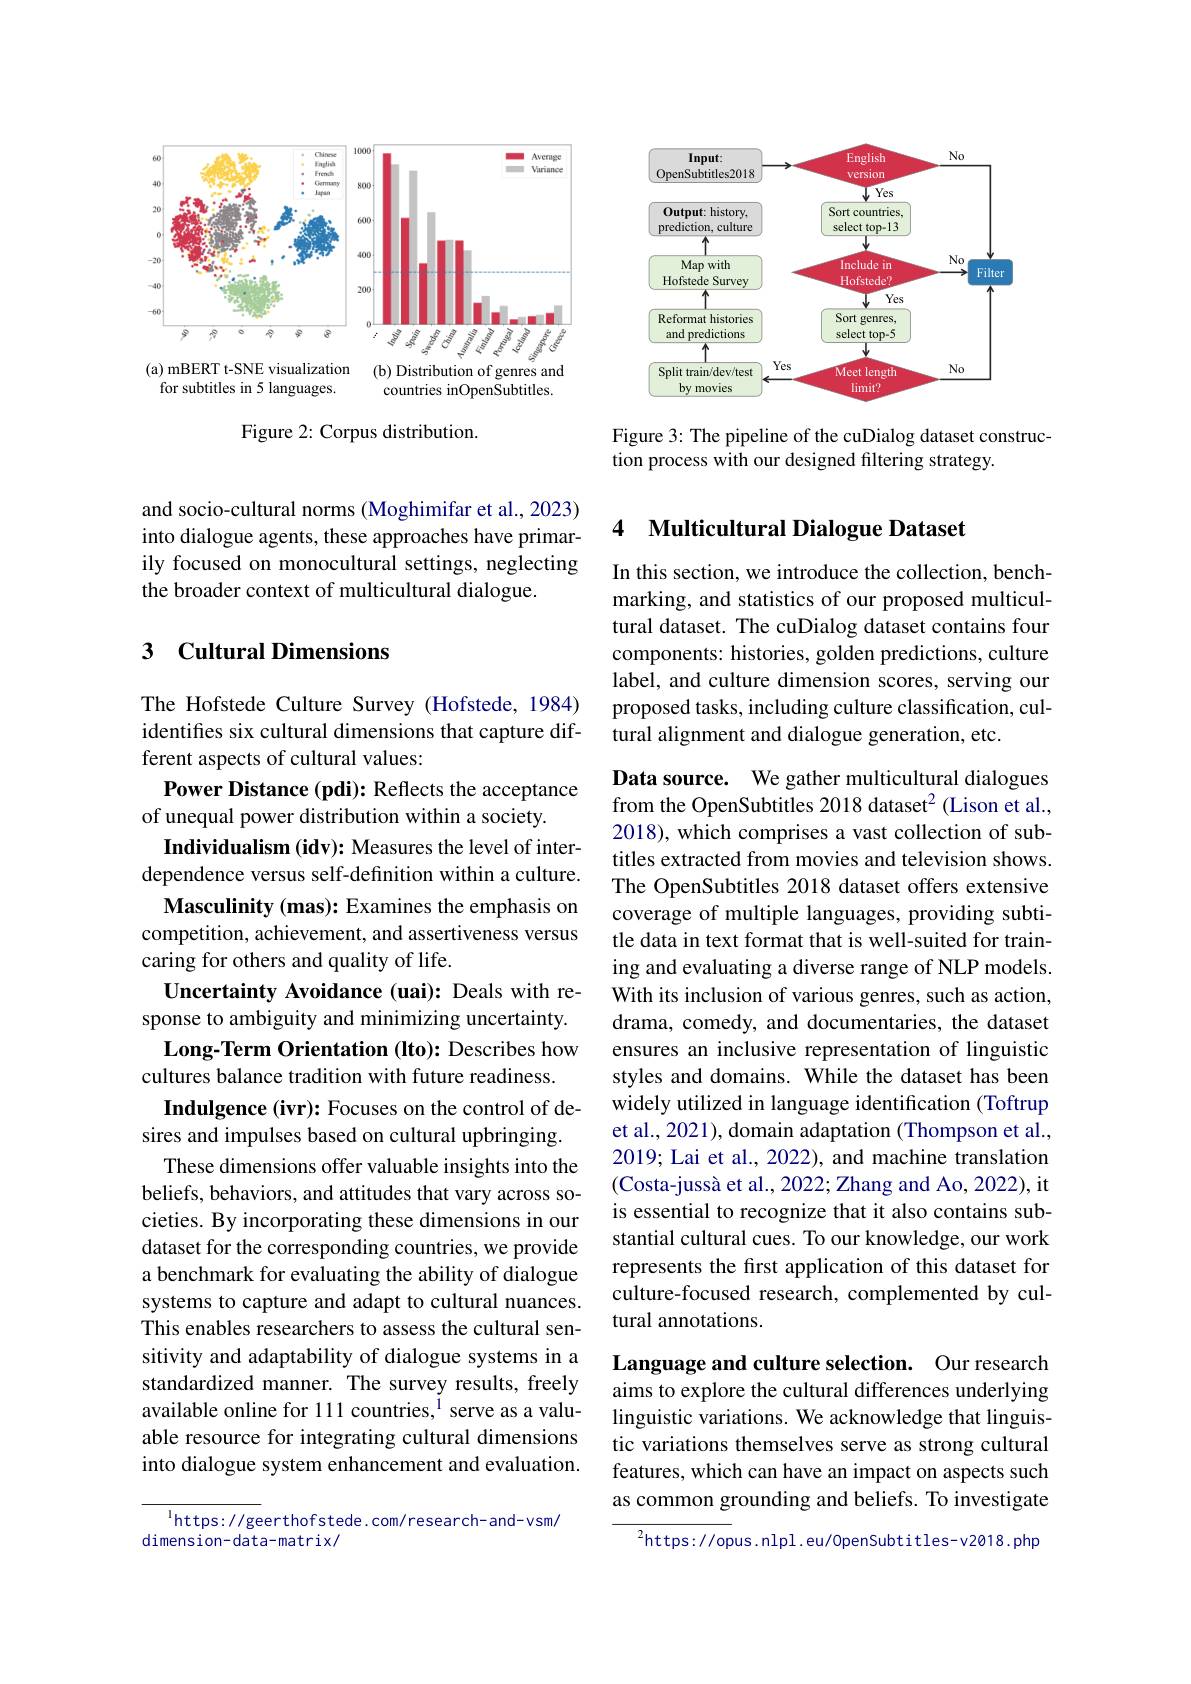
<FigureHere>

Figure 2: Corpus distribution.

and socio-cultural norms (Moghimifar et al., 2023) into dialogue agents, these approaches have primarily focused on monocultural settings, neglecting the broader context of multicultural dialogue.

## 3 Cultural Dimensions

The Hofstede Culture Survey (Hofstede, 1984) identifies six cultural dimensions that capture different aspects of cultural values:
Power Distance (pdi): Reflects the acceptance
of unequal power distribution within a society.
Individualism (idv): Measures the level of interdependence versus self-definition within a culture.
Masculinity (mas): Examines the emphasis on competition, achievement, and assertiveness versus caring for others and quality of life.
Uncertainty Avoidance (uai): Deals with response to ambiguity and minimizing uncertainty. Long-Term Orientation (lto): Describes how cultures balance tradition with future readiness.
Indulgence (ivr): Focuses on the control of desires and impulses based on cultural upbringing.
These dimensions offer valuable insights into the beliefs, behaviors, and attitudes that vary across societies. By incorporating these dimensions in our dataset for the corresponding countries, we provide a benchmark for evaluating the ability of dialogue systems to capture and adapt to cultural nuances. This enables researchers to assess the cultural sensitivity and adaptability of dialogue systems in a standardized manner. The survey results, freely available online for 111 countries, $^{1}$ serve as a valuable resource for integrating cultural dimensions into dialogue system enhancement and evaluation.

$^{\mathrm{l}}$https: //geerthofstede. com/research-and-vsm/
dimension-data-matrix/

<FigureHere>

Figure 3: The pipeline of the cuDialog dataset construc-
tion process with our designed filtering strategy.

### 4 Multicultural Dialogue Dataset

In this section, we introduce the collection, benchmarking, and statistics of our proposed multicultural dataset. The cuDialog dataset contains four components: histories, golden predictions, culture label, and culture dimension scores, serving our proposed tasks, including culture classification, cultural alignment and dialogue generation, etc.

Data source. We gather multicultural dialogues from the OpenSubtitles 2018 dataset$^2$ (Lison et al., 2018), which comprises a vast collection of subtitles extracted from movies and television shows. The OpenSubtitles 2018 dataset offers extensive coverage of multiple languages, providing subtitle data in text format that is well-suited for training and evaluating a diverse range of NLP models. With its inclusion of various genres, such as action, drama, comedy, and documentaries, the dataset ensures an inclusive representation of linguistic styles and domains. While the dataset has been widely utilized in language identification (Toftrup et al., 2021), domain adaptation (Thompson et al., 2019; Lai et al., 2022), and machine translation (Costa-jussà et al., 2022; Zhang and Ao, 2022), it is essential to recognize that it also contains substantial cultural cues. To our knowledge, our work represents the first application of this dataset for culture-focused research, complemented by cultural annotations.

Language and culture selection. Our research aims to explore the cultural differences underlying linguistic variations. We acknowledge that linguistic variations themselves serve as strong cultural features, which can have an impact on aspects such as common grounding and beliefs. To investigate

$^{2}$https://opus.nlpl.eu/0penSubtitles-v2018.php